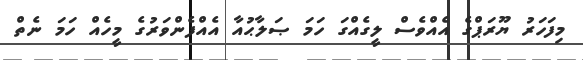
މިފަހަރު ޔޫރަޕްގެ އެއްވެސް ލީގެއްގަ ހަމަ ޞަލާޙުއާ އެއްފެންވަރުގެ މީހެއް ހަމަ ނެތް